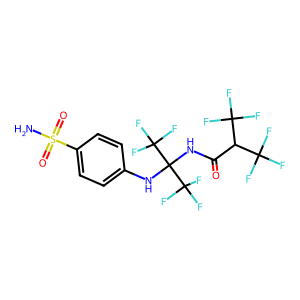
SMILES: NS(=O)(=O)c1ccc(NC(NC(=O)C(C(F)(F)F)C(F)(F)F)(C(F)(F)F)C(F)(F)F)cc1
Inhibits HIV replication: No